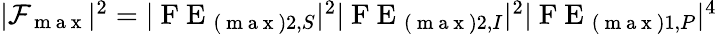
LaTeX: \begin{array}{r}{|\mathcal{F}_{\mathrm{~m~a~x~}}|^{2}=|\mathrm{~F~E~}_{(\mathrm{~m~a~x~})2,S}|^{2}|\mathrm{~F~E~}_{(\mathrm{~m~a~x~})2,I}|^{2}|\mathrm{~F~E~}_{(\mathrm{~m~a~x~})1,P}|^{4}}\end{array}